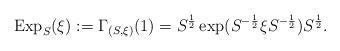
LaTeX: \begin{align*}{\rm Exp}_S (\xi) := \Gamma_{(S,\xi)}(1) = S^{\frac{1}{2}} \exp (S^{-\frac{1}{2}} \xi S^{-\frac{1}{2}} ) S^{\frac{1}{2}}. \end{align*}